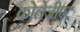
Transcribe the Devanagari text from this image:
कोलेजीएट